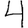
Digit: 4